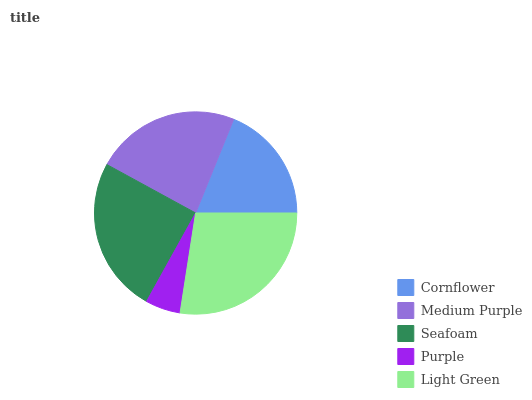
| Cornflower | Medium Purple | Seafoam | Purple | Light Green |
 | --- | --- | --- | --- | --- |
 | 18.9% | 23.2% | 24.8% | 5.59% | 27.5% |